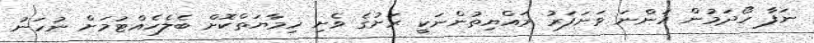
ނަފާ ހޯދަމުން އަންނަ ވަށަފަރު ރައްޔިތުންނަކީ ރަށުގެ ވެށި ހިމާޔަތްކޮށް ބެލެހެއްޓުމަށް ނުހަނު